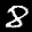
Label: 8